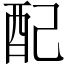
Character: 配